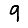
Digit: 9